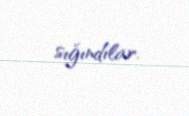
sığındılar.